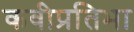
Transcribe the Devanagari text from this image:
कवीप्रतिभा